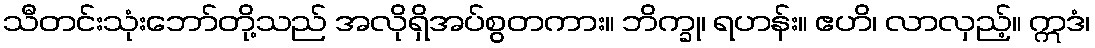
သီတင်းသုံးဘော်တို့သည် အလိုရှိအပ်စွတကား။ ဘိက္ခု၊ ရဟန်း။ ဧဟိ၊ လာလှည့်။ ဣဒံ၊